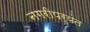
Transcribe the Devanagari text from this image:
नगरीपर्यंत